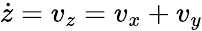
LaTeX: \dot{z}=v_{z}=v_{x}+v_{y}